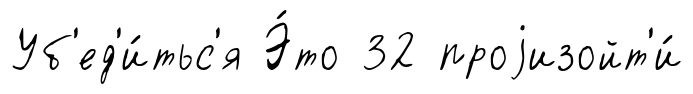
Уб'ед'и́тьс'я Э́то 32 проjизойт'и́